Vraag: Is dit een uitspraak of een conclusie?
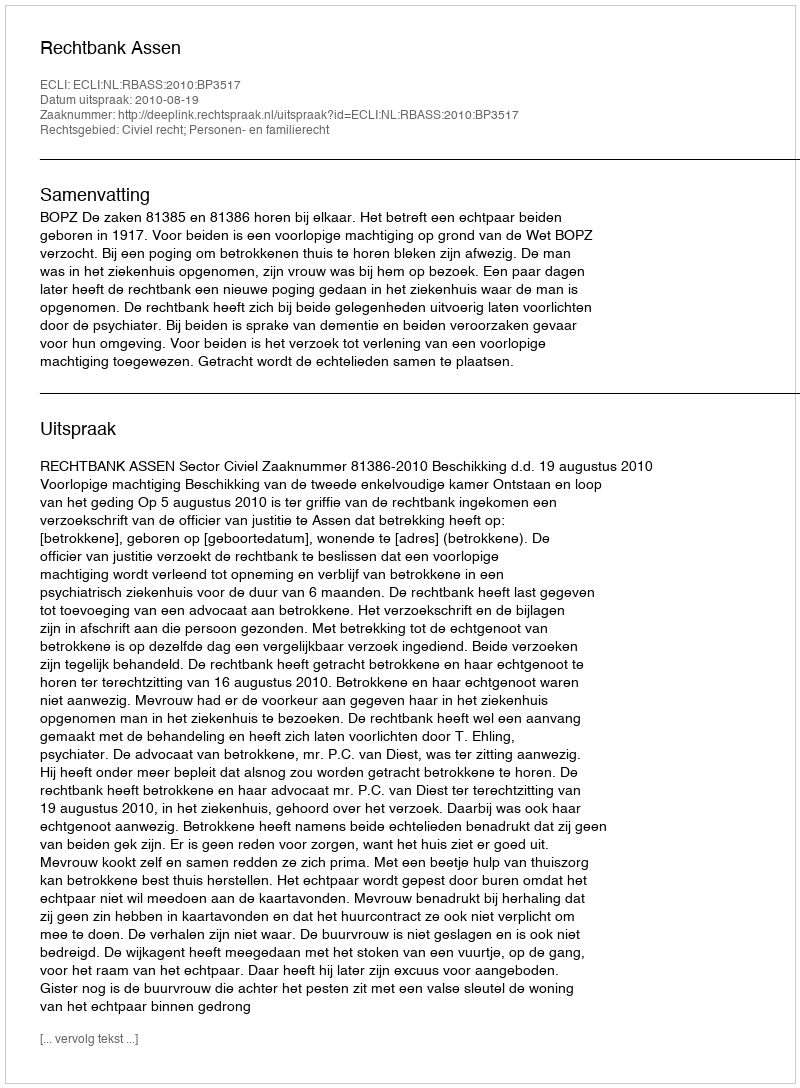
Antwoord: Uitspraak